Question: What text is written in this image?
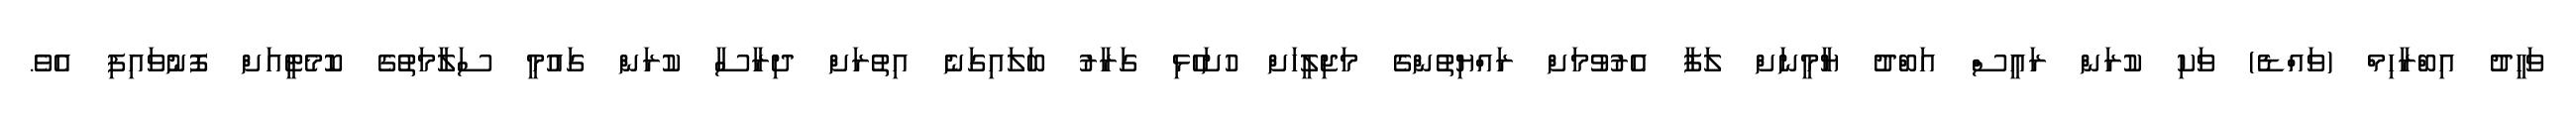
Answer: ވަހީދު އިބްރާހިމް (ވައްޑެ) ވަކި ކުރަން ރައީސް އަބްދު ޔާމީނަށް ލަފާ އެރުވުމަށް ރައްޔިތުންގެ މަޖިލީހަށް ހުށަހެޅި ގަރާރު ބަލައިގަނެ އިތުރަށް ދިރާސާ ކުރަން ގައުމީ ސަލާމަތުގެ ކޮމެޓީއަށް ފޮނުވައިފި އެވެ.